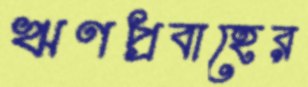
ঋণপ্রবাহের